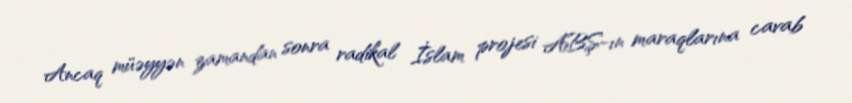
Ancaq müəyyən zamandan sonra radikal İslam projesi ABŞ-ın maraqlarına cavab